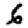
Digit: 6